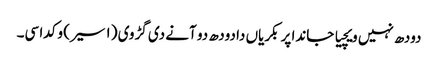
دودھ نہیں ویچیا جاندا پر بکریاں دا دودھ دو آنے دی گڑوی (١ سیر) وکدا سی۔